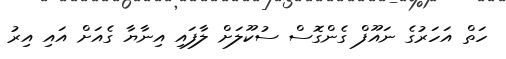
ހަތް އަހަރުގެ ނައޫފް ގެންގޮސް ސުކޫލަށް ލާފައި އިނާޔާ ގެއަށް އައި އިރު